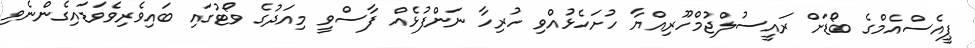
ޕީއެސްއެމްގެ ބޯޑަށް ރައީސުލްޖުމްހޫރިއްޔާ ހުށަހެޅުއްވި ހުރިހާ ނަންފުޅެއް ފާސްވީ މިއަދުގެ ވޯޓުގައި ބައިވެރިވެވަޑައިގެންނެވި